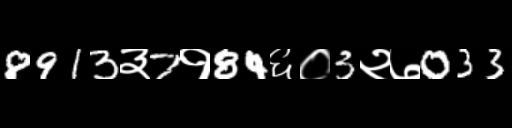
Text: 8913३7१84६०3२७033